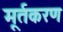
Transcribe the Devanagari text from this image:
मूर्तकरण